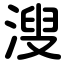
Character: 溲